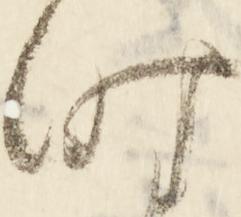
時